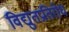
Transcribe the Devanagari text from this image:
विद्युतप्रतिरोध